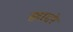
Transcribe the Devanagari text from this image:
कादरे